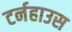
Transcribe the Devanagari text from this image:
टर्नहाउस